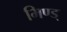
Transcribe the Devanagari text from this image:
भिण्ड्